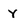
Character: y